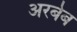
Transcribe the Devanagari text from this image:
अरबेब